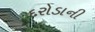
દરોડાની